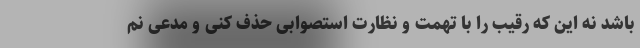
باشد نه این که رقیب را با تهمت و نظارت استصوابی حذف کنی و مدعی نم